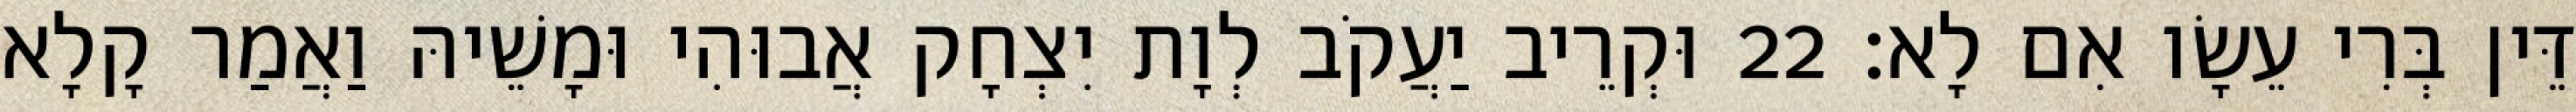
דֵּין בְּרִי עֵשָׂו אִם לָא׃ 22 וּקְרֵיב יַעֲקֹב לְוָת יִצְחָק אֲבוּהִי וּמָשֵׁיהּ וַאֲמַר קָלָא